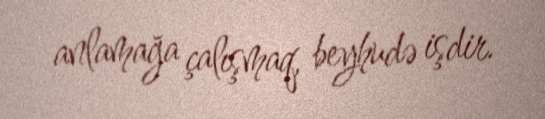
anlamağa çalışmaq, beyhudə işdir.